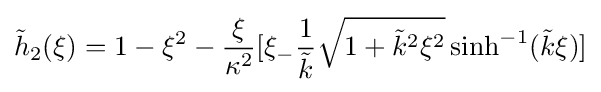
{\tilde {h}}_{2}(\xi )=1-\xi ^{2}-{\frac {\xi }{\kappa ^{2}}}[\xi _{-}{\frac {1}{\tilde {k}}}{\sqrt {1+{\tilde {k}}^{2}\xi ^{2}}}\sinh ^{-1}({\tilde {k}}\xi )]